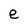
Character: e